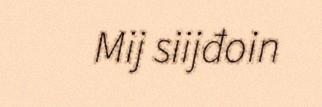
Mij siijđoin